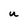
Character: U